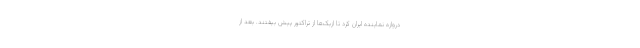
دروازه نماینده ایران کرد تا ازبک‌ها از تراکتور پیش بیفتند. بعد از